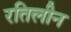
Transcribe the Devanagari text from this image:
रतिलीन